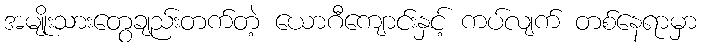
အမျိုးသားတွေချည်းတက်တဲ့ ယောဂီကျောင်းနှင့် ကပ်လျက် တစ်နေရာမှာ